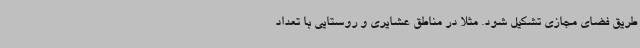
طریق فضای مجازی تشکیل شود. مثلا در مناطق عشایری و روستایی با تعداد